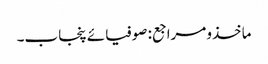
ماخذومراجع: صوفیائے پنجاب۔